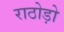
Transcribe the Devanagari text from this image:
राठोड़ो